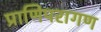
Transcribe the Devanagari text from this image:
प्राणिपरागण